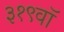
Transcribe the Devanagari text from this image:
३१९वॉ